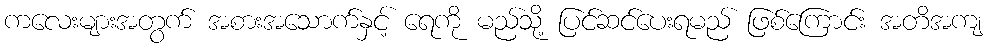
ကလေးများအတွက် အစားအသောက်နှင့် ရေကို မည်သို့ ပြင်ဆင်ပေးရမည် ဖြစ်ကြောင်း အတိအကျ